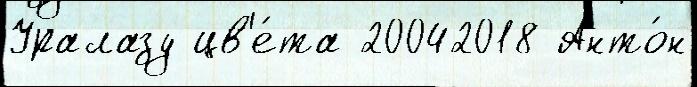
Уралазу цв'е́та 20042018 Анто́н